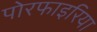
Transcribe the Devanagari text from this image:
पोरफाइरिया